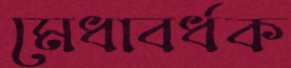
মেধাবর্ধক